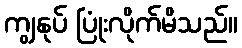
ကျွနုပ် ပြုံးလိုက်မိသည်။